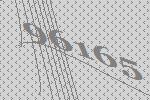
96165